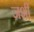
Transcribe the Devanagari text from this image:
जशीं